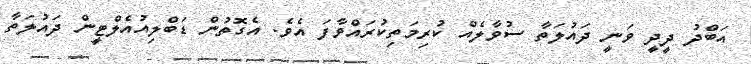
އަބްދު ދީދީ ވަނީ ދައުލަތާ ސުވާލެއް ކުރިމަތިކުރައްވާފަ އެވެ. އެގޮތުން ޑަބްލިއުއެލްޓީން ދައުލަތާ